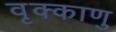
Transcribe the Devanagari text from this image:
वृक्काणु